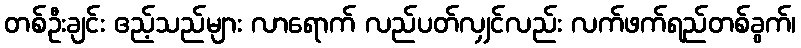
တစ်ဦးချင်း ဧည့်သည်များ လာရောက် လည်ပတ်လျှင်လည်း လက်ဖက်ရည်တစ်ခွက်၊